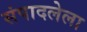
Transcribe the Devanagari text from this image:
संपादलेला